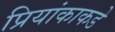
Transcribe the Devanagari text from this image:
प्रियांकाकडे